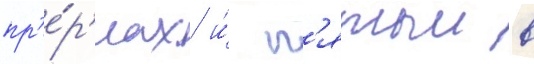
пр'е́р'иах и́ п'ятыи в